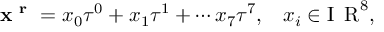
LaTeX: \mathrm { { \bf ~ x ~ ^ { r } ~ } } = x _ { 0 } \tau ^ { 0 } + x _ { 1 } \tau ^ { 1 } + \cdots x _ { 7 } \tau ^ { 7 } , \; \; \; x _ { i } \in \mathrm { I ~ \! ~ R } ^ { 8 } ,